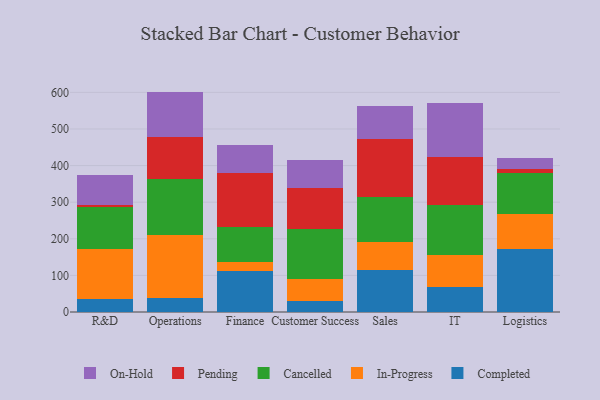
{"axis": {"x": "Department", "y": "Churn Rate (%)"}, "legend": ["Cancelled", "Completed", "In-Progress", "On-Hold", "Pending"], "data": [{"x": "R&D", "y": 35.4, "type": "Completed"}, {"x": "R&D", "y": 137.7, "type": "In-Progress"}, {"x": "R&D", "y": 114.0, "type": "Cancelled"}, {"x": "R&D", "y": 5.0, "type": "Pending"}, {"x": "R&D", "y": 80.9, "type": "On-Hold"}, {"x": "Operations", "y": 37.3, "type": "Completed"}, {"x": "Operations", "y": 173.1, "type": "In-Progress"}, {"x": "Operations", "y": 153.7, "type": "Cancelled"}, {"x": "Operations", "y": 114.5, "type": "Pending"}, {"x": "Operations", "y": 123.5, "type": "On-Hold"}, {"x": "Finance", "y": 112.8, "type": "Completed"}, {"x": "Finance", "y": 23.9, "type": "In-Progress"}, {"x": "Finance", "y": 95.2, "type": "Cancelled"}, {"x": "Finance", "y": 147.0, "type": "Pending"}, {"x": "Finance", "y": 77.5, "type": "On-Hold"}, {"x": "Customer Success", "y": 30.8, "type": "Completed"}, {"x": "Customer Success", "y": 58.3, "type": "In-Progress"}, {"x": "Customer Success", "y": 138.4, "type": "Cancelled"}, {"x": "Customer Success", "y": 109.9, "type": "Pending"}, {"x": "Customer Success", "y": 77.0, "type": "On-Hold"}, {"x": "Sales", "y": 115.6, "type": "Completed"}, {"x": "Sales", "y": 75.9, "type": "In-Progress"}, {"x": "Sales", "y": 122.6, "type": "Cancelled"}, {"x": "Sales", "y": 157.5, "type": "Pending"}, {"x": "Sales", "y": 90.8, "type": "On-Hold"}, {"x": "IT", "y": 67.3, "type": "Completed"}, {"x": "IT", "y": 88.5, "type": "In-Progress"}, {"x": "IT", "y": 136.3, "type": "Cancelled"}, {"x": "IT", "y": 132.7, "type": "Pending"}, {"x": "IT", "y": 146.0, "type": "On-Hold"}, {"x": "Logistics", "y": 171.4, "type": "Completed"}, {"x": "Logistics", "y": 96.1, "type": "In-Progress"}, {"x": "Logistics", "y": 112.6, "type": "Cancelled"}, {"x": "Logistics", "y": 9.4, "type": "Pending"}, {"x": "Logistics", "y": 30.5, "type": "On-Hold"}]}